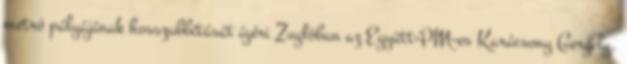
metró pályájának hosszabbítását ígéri Zuglóban az Együtt-PM-es Karácsony Gergely,